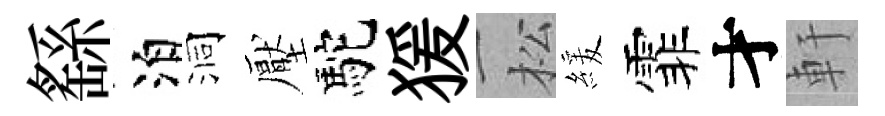
繇泊洞壓駝猨松緩霏才軒